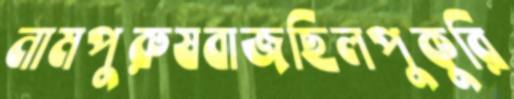
নামপুরুষবাজছিলপুকুরি